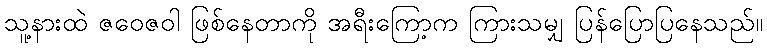
သူ့နားထဲ ဇဝေဇဝါ ဖြစ်နေတာကို အရီးကြော့က ကြားသမျှ ပြန်ပြောပြနေသည်။